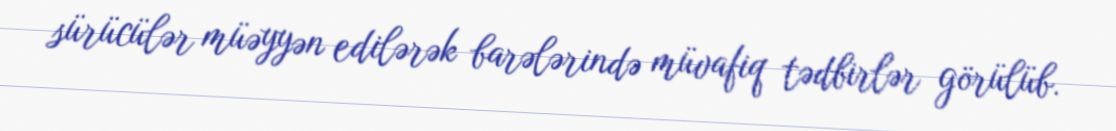
sürücülər müəyyən edilərək barələrində müvafiq tədbirlər görülüb.